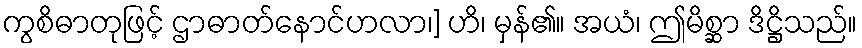
ကွစိဓာတုဖြင့် ဌာဓာတ်နောင်ဟလာ၊] ဟိ၊ မှန်၏။ အယံ၊ ဤမိစ္ဆာ ဒိဋ္ဌိသည်။